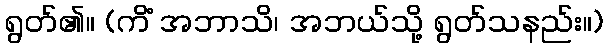
ရွတ်၏။ (ကိံ အဘာသိ၊ အဘယ်သို့ ရွတ်သနည်း။)